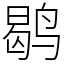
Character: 鹖